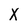
Character: X